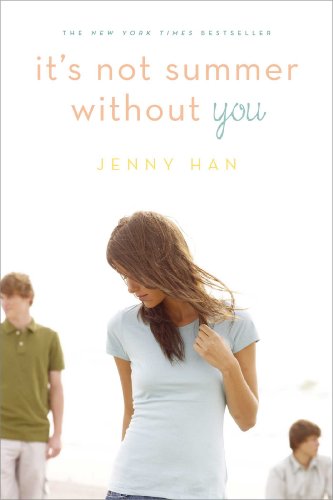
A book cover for It's Not Summer Without You; Jenny Han; Children's Books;